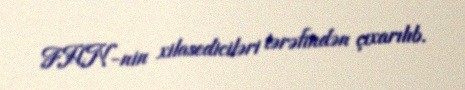
FHN-nin xilasediciləri tərəfindən çıxarılıb.